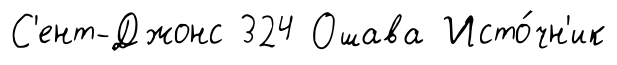
С'ент-Джонс 324 Ошава Исто́чн'ик